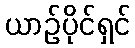
ယာဉ်ပိုင်ရှင်